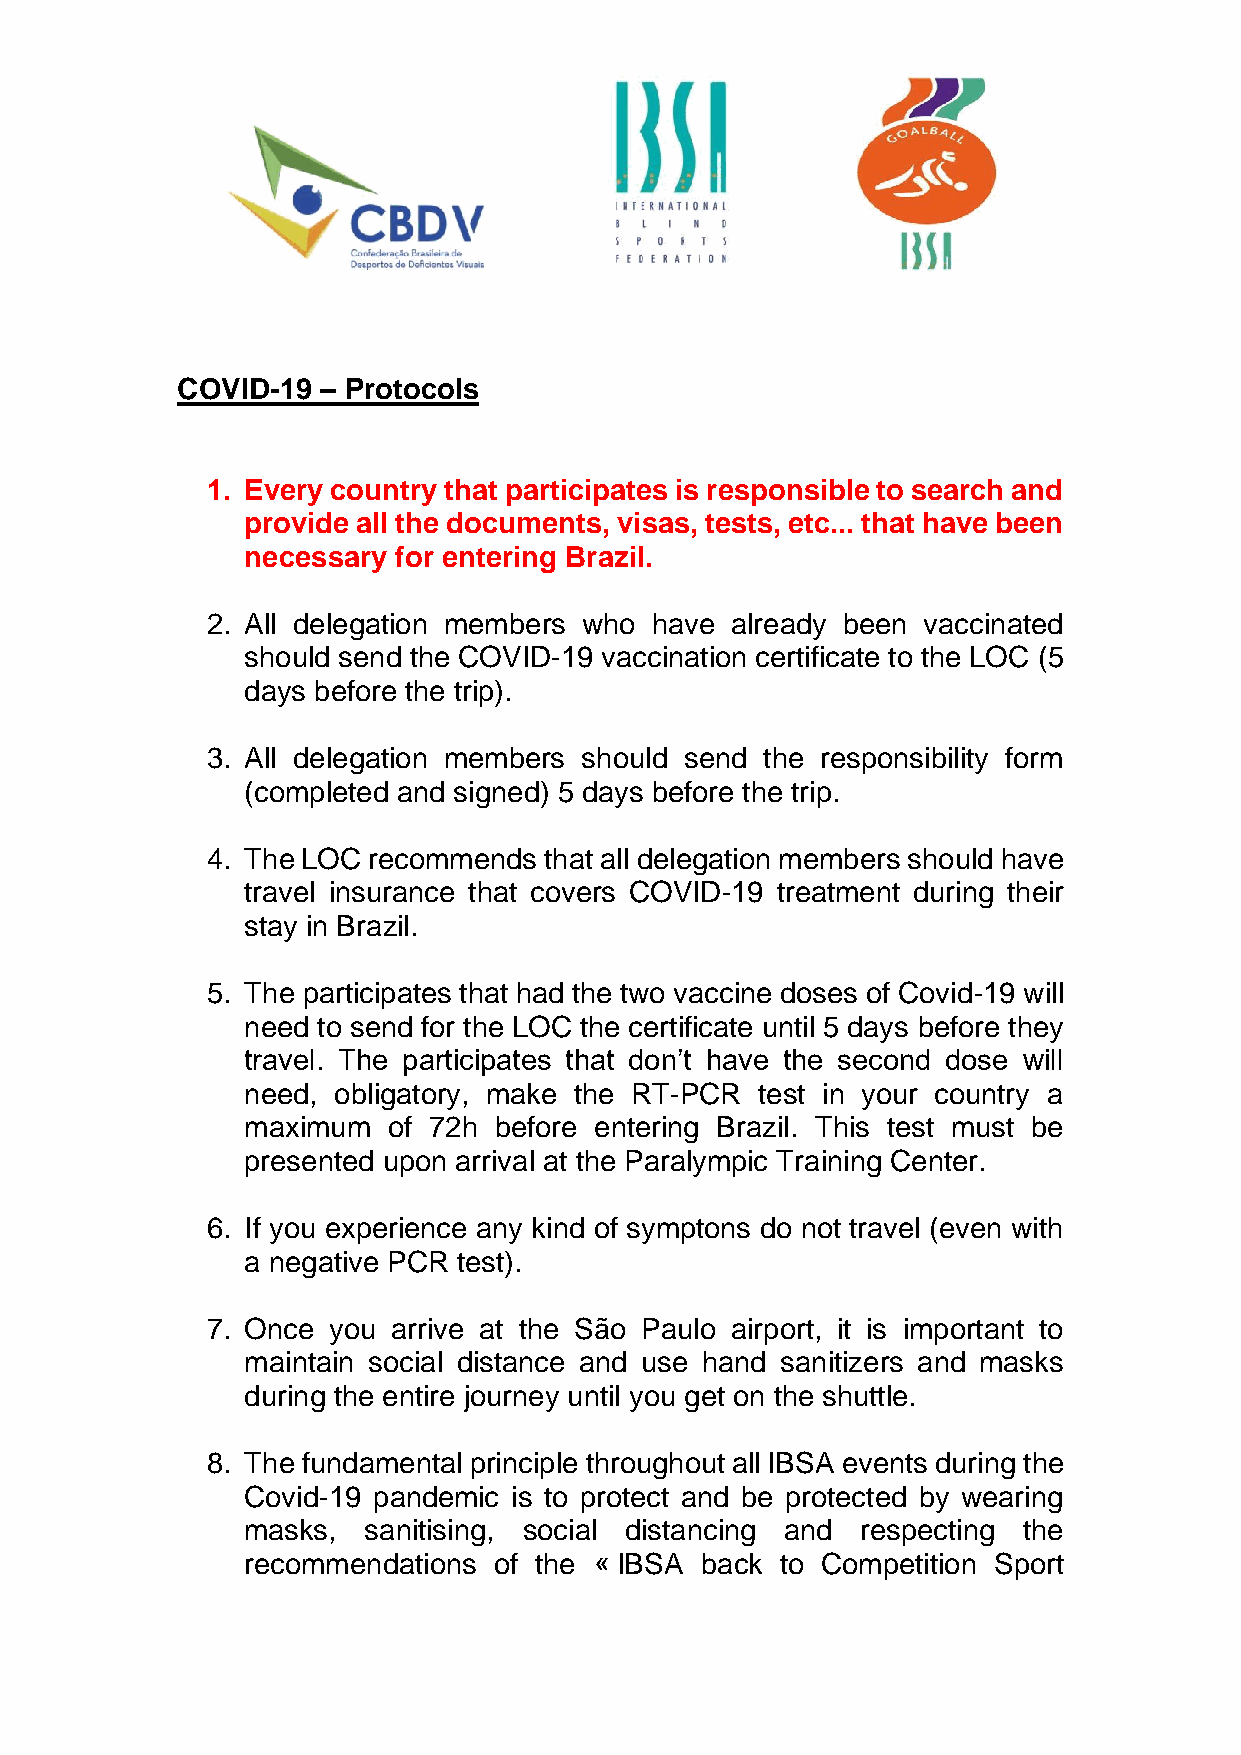
COVID-19 – Protocols
 1. Every country that participates is responsible to search and
 provide all the documents, visas, tests, etc... that have been
 necessary for entering Brazil.
 2. All delegation members who have already been vaccinated
 should send the COVID-19 vaccination certificate to the LOC (5
 days before the trip).
 3. All delegation members should send the responsibility form
 (completed and signed) 5 days before the trip.
 4. The LOC recommends that all delegation members should have
 travel insurance that covers COVID-19 treatment during their
 stay in Brazil.
 5. The participates that had the two vaccine doses of Covid-19 will
 need to send for the LOC the certificate until 5 days before they
 travel. The participates that don’t have the second dose will
 need, obligatory, make the RT-PCR test in your country a
 maximum   of 72h before entering Brazil. This test must be
 presented upon arrival at the Paralympic Training Center.
 6. If you experience any kind of symptons do not travel (even with
 a negative PCR test).
 7. Once you arrive at the São Paulo airport, it is important to
 maintain social distance and use hand sanitizers and masks
 during the entire journey until you get on the shuttle.
 8. The fundamental principle throughout all IBSA events during the
 Covid-19 pandemic is to protect and be protected by wearing
 masks,  sanitising, social distancing and respecting the
 recommendations  of the « IBSA back to Competition Sport